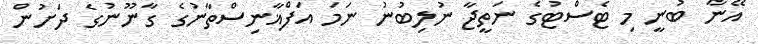
އޭނާ ބުނީ މި ޓެސްޓުގެ ނަތީޖާ ނުލިބުނު ނަމަ އަފްޣާނިސްތާނުގެ ގާނޫނުގެ ދަށުން